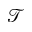
\mathcal { T }